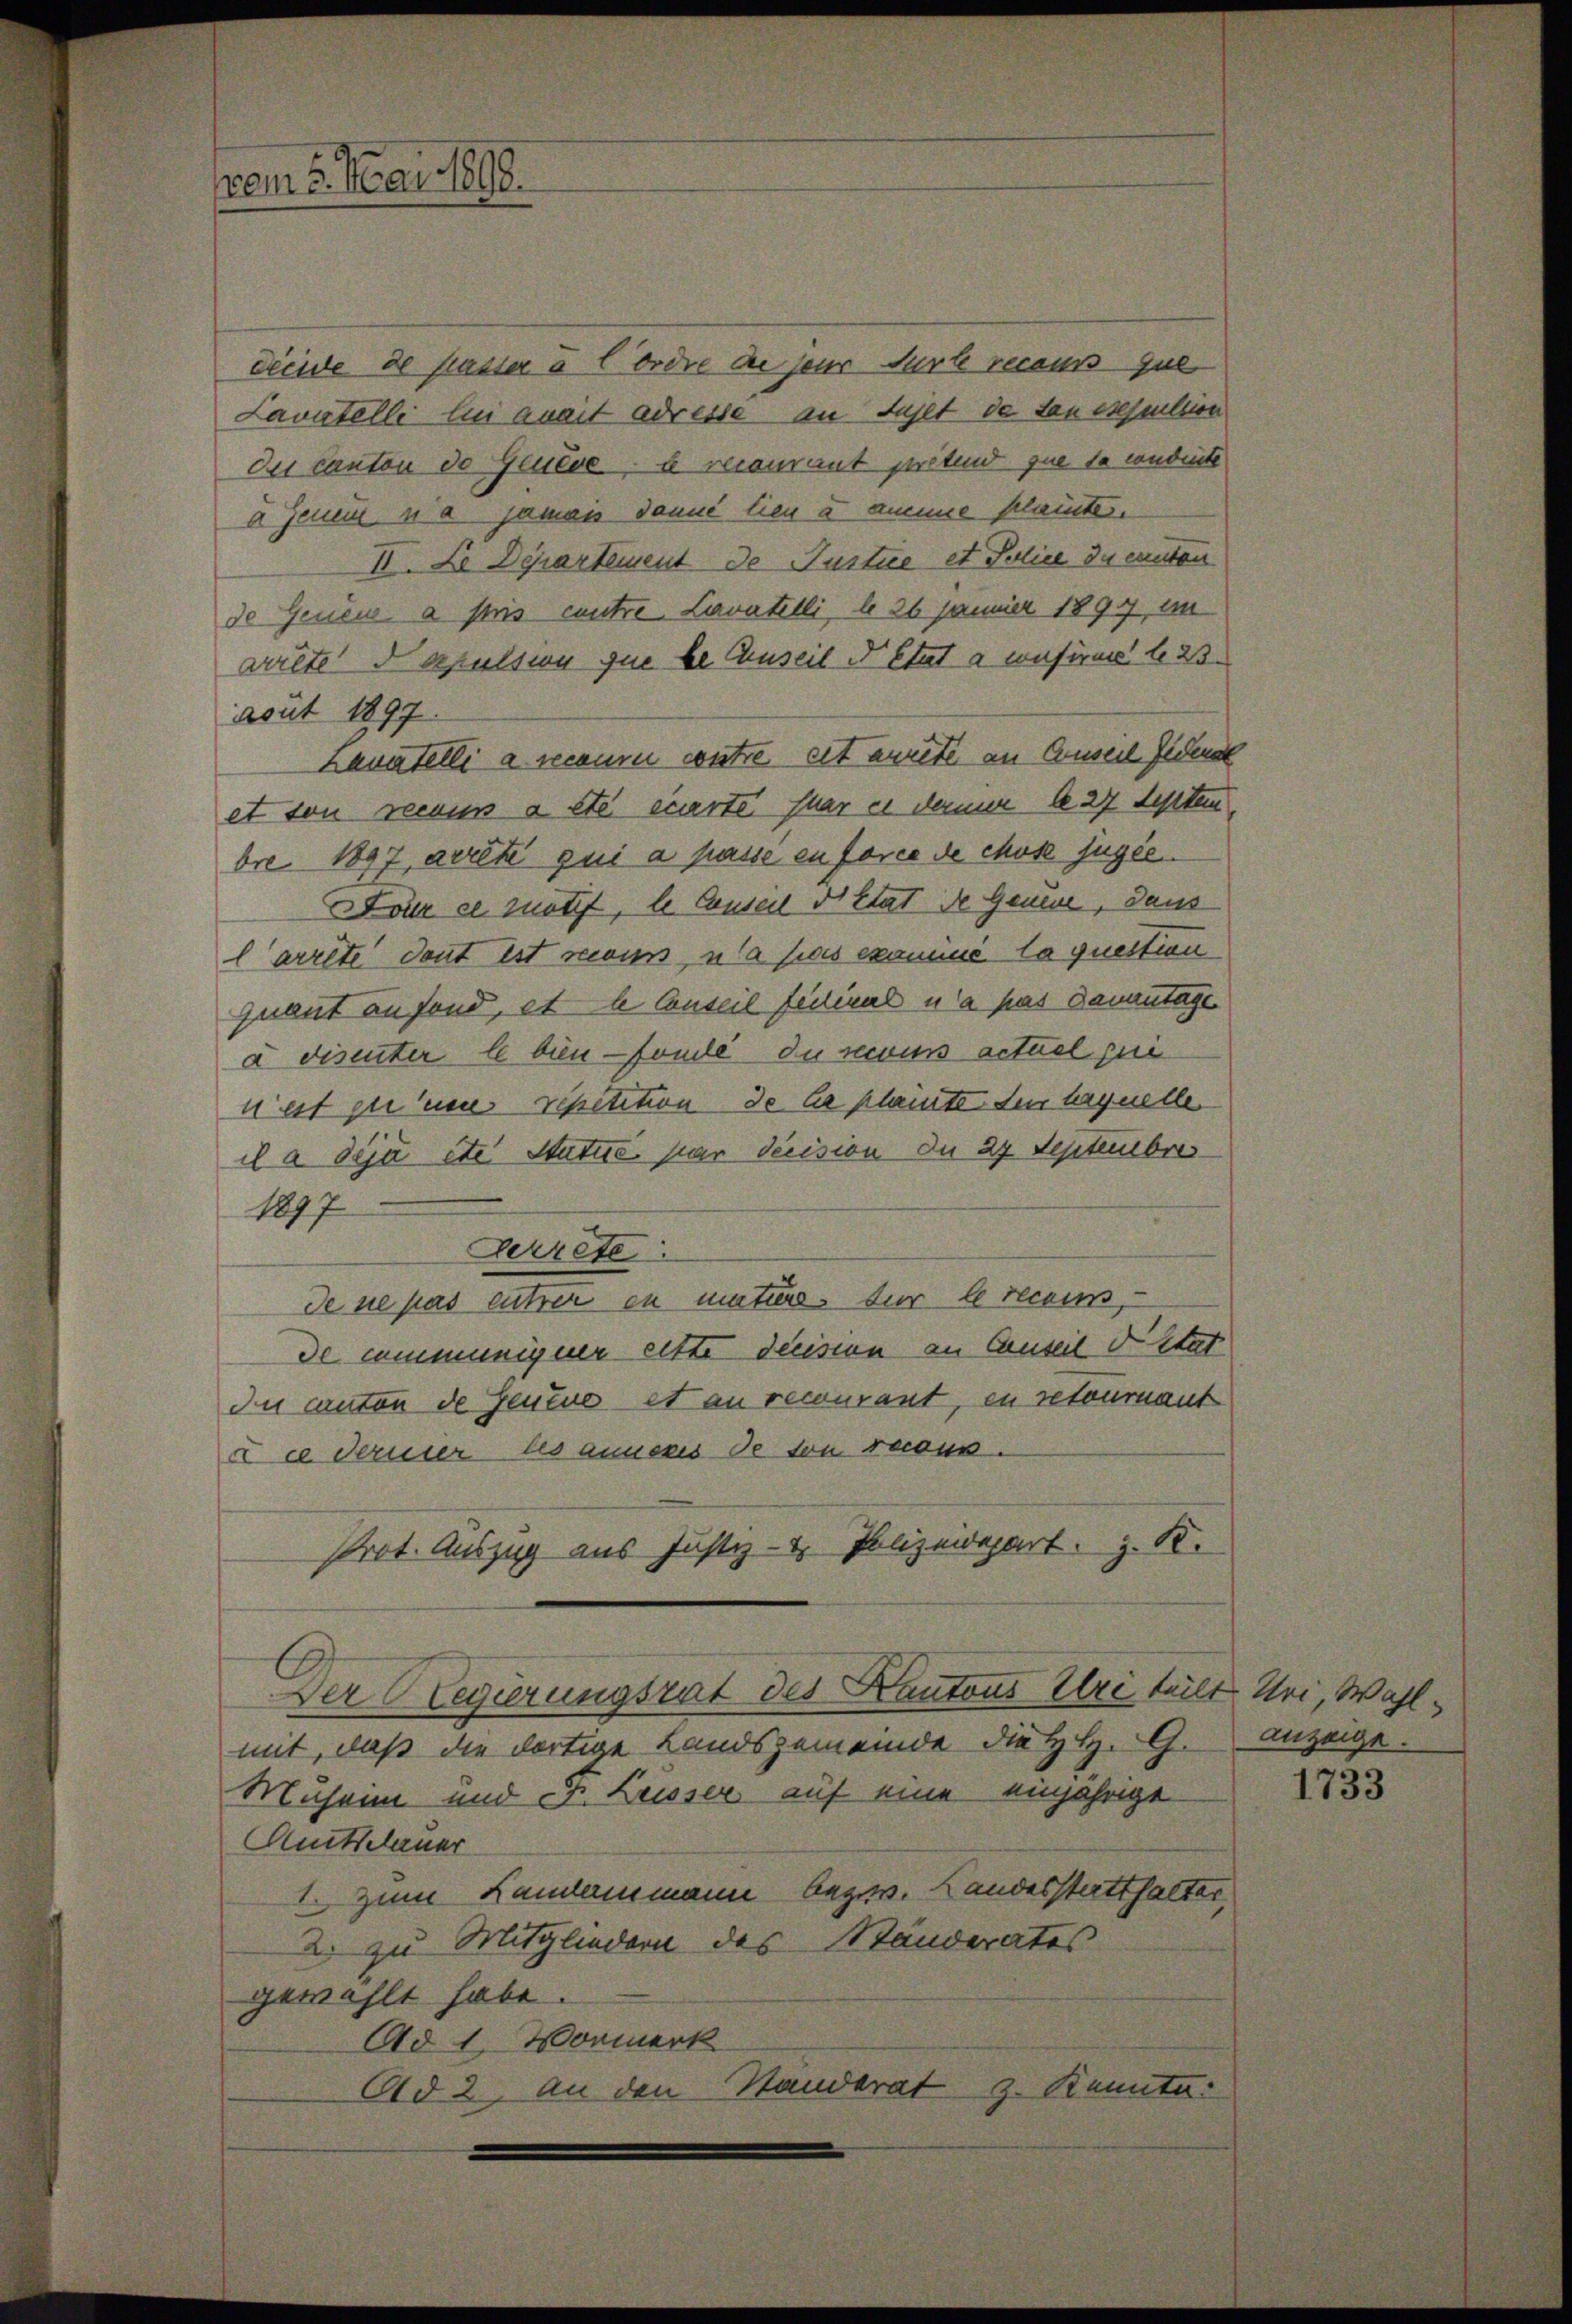
vom 6. Mai 1890.

deeide de fasser u Ordre die jener Fürte recaus que
Lavatelle lui avait adresse an Fahlt de dan esepulsion
des Canton de Geitre e recomant prétend que de condirte
u jenen u a jamais danne lieu à amme plaite.
II. Le Departement de Justice et Police des canton
de Jenens a stris centre Lavatelli, l 26 Jänner 1897 im
arrete Napulsion que be Auseil d’Etat à confirme lo 23.
aput 1897.
Lauatelli a receure contre cet arrete an Conseil Judent
et von recues à etc. einerte Phar es dernir le 27 Septem
bre 1897, arrête qui a passe en force de chose jugée.
ELoix et motif, le Conseil d’Etat de Genere, dans
larrete dont ist recus, una pas examine la question
quant anfond, et le Conseil fecinal u a pas Damentage
a disenter le bien fonde du recours actuel pui
nest in neu repetition de le plainte der laquelle
il a déjà etc. Statue par decision du 27 Septembris
1877
Gerrete
de sie pas entrer in mature, für le recours,
de communigner eitte decision an Canseil di stat
In canton de Leutne et an recourant, en retournant
X ce derner les anneres de von recous.
Prot. Auszug aus Justiz- & Polizeidepart z. B.
Der Regierungsrat des Kantons Utre teilt Uri, Wahlmit, daß die dortige Landsgemeinde die H. H. G.
Muheim und F. Luisser auf eine einjährige
Amtsdauer
1. Zum Landammann bezw. Landesstatthalter,
2. zu Mitgliedern des Ständerates
gewählt habe.
Ad 1. Vormerk
Ad 2. An den Standerat z. Kennte.

anzeige.

1733